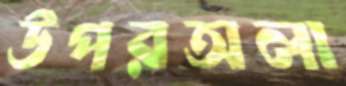
উপরঅলা